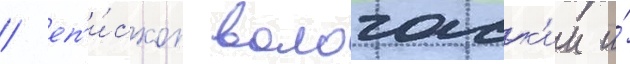
/ еп'и́скоп вологодск'ии и́